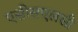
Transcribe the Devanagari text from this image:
एसीसएलसी